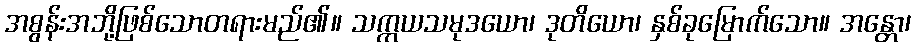
အစွန်းအဘို့ဖြစ်သောတရားမည်၏။ သက္ကယသမုဒယော၊ ဒုတိယော၊ နှစ်ခုမြောက်သော။ အန္တော၊